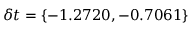
\delta t = \{ - 1 . 2 7 2 0 , - 0 . 7 0 6 1 \}